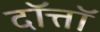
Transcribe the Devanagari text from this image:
दॉत्तॉ